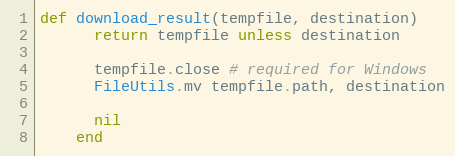
Language: Ruby
def download_result(tempfile, destination)
      return tempfile unless destination

      tempfile.close # required for Windows
      FileUtils.mv tempfile.path, destination

      nil
    end